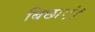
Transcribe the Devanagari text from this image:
बिछाएं।